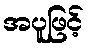
အပူဖြင့်